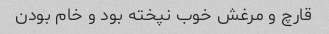
قارچ و مرغش خوب نپخته بود و خام بودن